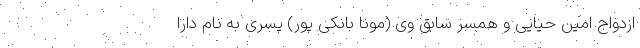
ازدواج امین حیایی و همسر سابق وی (مونا بانکی پور) پسری به نام دارا